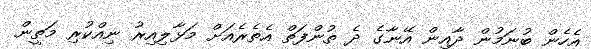
އެހެން ބުނަމުން ދާއިން އޭނާގެ ދެ ތުންފަތް އެތެރެއަށް މަޅާލިއިރު ނިއްކުރި މަތީން